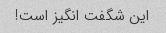
این شگفت انگیز است!